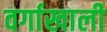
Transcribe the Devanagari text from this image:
वर्गाखाली